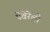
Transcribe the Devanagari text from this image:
पेवेरेली